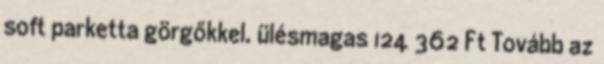
soft parketta görgőkkel. ülésmagas 124 362 Ft Tovább az